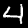
Digit: 4